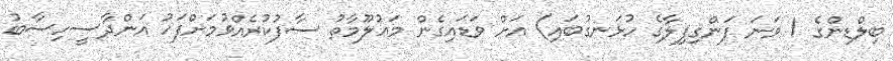
ބިލްޑިންގެ 1 ވަނަ ފަންގިފިލާގެ ހުޅަނގުބައި) އަށް ވަޑައިގެން މަޢުލޫމާތު ސާފުކުރެއްވުމަށްފަހު އަންދާސީހިސާބު